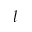
\boldsymbol { l }